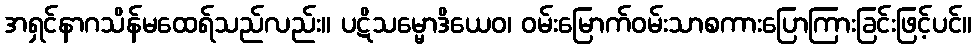
အရှင်နာဂသိန်မထေရ်သည်လည်း။ ပဋိသမ္မောဒိယေဝ၊ ဝမ်းမြောက်ဝမ်းသာစကားပြောကြားခြင်းဖြင့်ပင်။